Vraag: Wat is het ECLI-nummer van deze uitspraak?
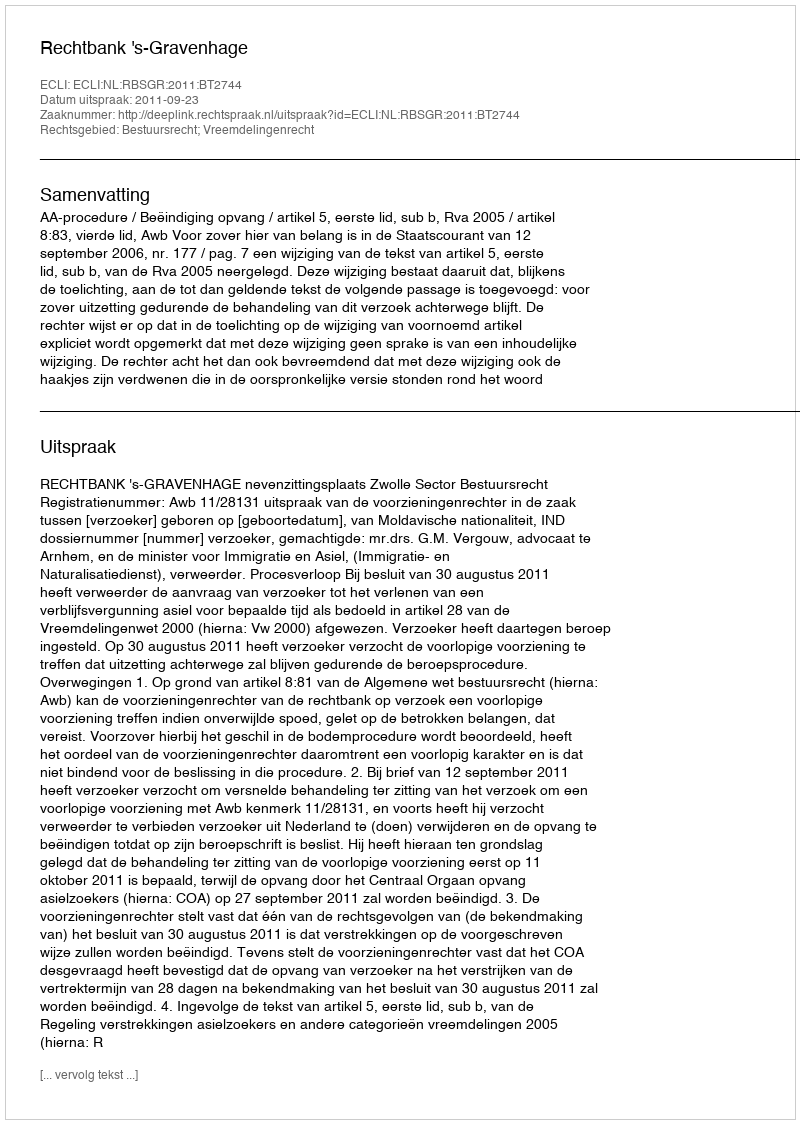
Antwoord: ECLI:NL:RBSGR:2011:BT2744